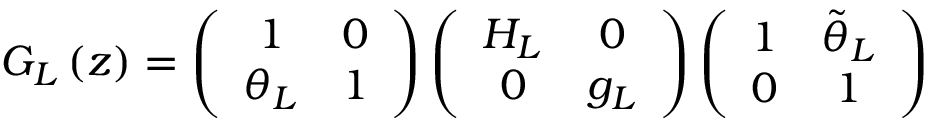
G _ { L } \left( z \right) = \left( \begin{array} { c c } { { 1 } } & { { 0 } } \\ { { \theta _ { L } } } & { { 1 } } \end{array} \right) \left( \begin{array} { c c } { { H _ { L } } } & { { 0 } } \\ { { 0 } } & { { g _ { L } } } \end{array} \right) \left( \begin{array} { c c } { { 1 } } & { { \tilde { \theta } _ { L } } } \\ { { 0 } } & { { 1 } } \end{array} \right)